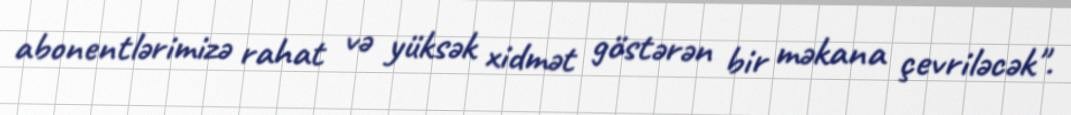
abonentlərimizə rahat və yüksək xidmət göstərən bir məkana çevriləcək".